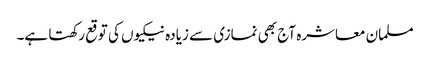
مسلمان معاشرہ آج بھی نمازی سے زیادہ نیکیوں کی توقع رکھتا ہے۔